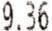
9.36